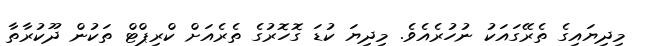
މިދިޔައިގެ ތެރޭގައަކު ނުހުރެއެވެ. މިދިޔަ ކުޑަ ގޮހޮރުގެ ތެރެއަށް ކްރިޕްޓް ތަކުން ދޫކުރާތާ